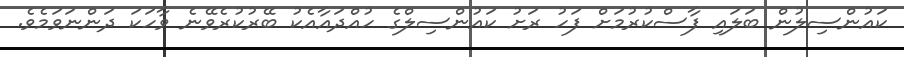
ކައުންސިލުން ބަލައި ފާސްކުރުމަށް ފަހު ރަށު ކައުންސިލްގެ ހުއްދައާއެކު ބޭރުކުރެވޭނެ ވާހަކަ ދަންނަވަމެވެ.